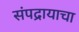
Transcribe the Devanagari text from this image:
संपद्रायाचा